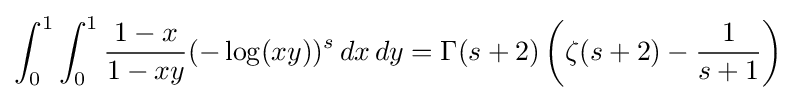
\int _{0}^{1}\int _{0}^{1}{\frac {1-x}{1-xy}}(-\log(xy))^{s}\,dx\,dy=\Gamma (s+2)\left(\zeta (s+2)-{\frac {1}{s+1}}\right)